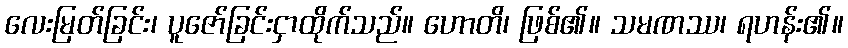
လေးမြတ်ခြင်း၊ ပူဇော်ခြင်းငှာထိုက်သည်။ ဟောတိ၊ ဖြစ်၏။ သမဏဿ၊ ရဟန်း၏။